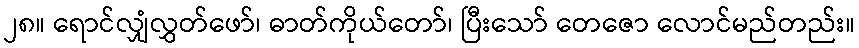
၂၈။ ရောင်လျှံလွှတ်ဖော်၊ ဓာတ်ကိုယ်တော်၊ ပြီးသော် တေဇော လောင်မည်တည်း။